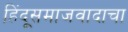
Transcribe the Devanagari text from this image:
हिंदूसमाजवादाचा